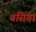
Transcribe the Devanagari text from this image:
बसिंगा